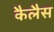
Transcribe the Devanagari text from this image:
कैलैस